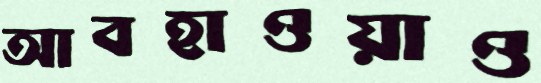
আবহাওয়াও